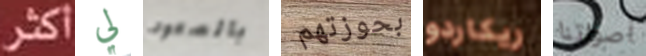
اكثر لي بالصعود بحوزتهم ريكاردو أصواتنا